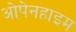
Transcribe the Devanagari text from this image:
ओपेनहाइम